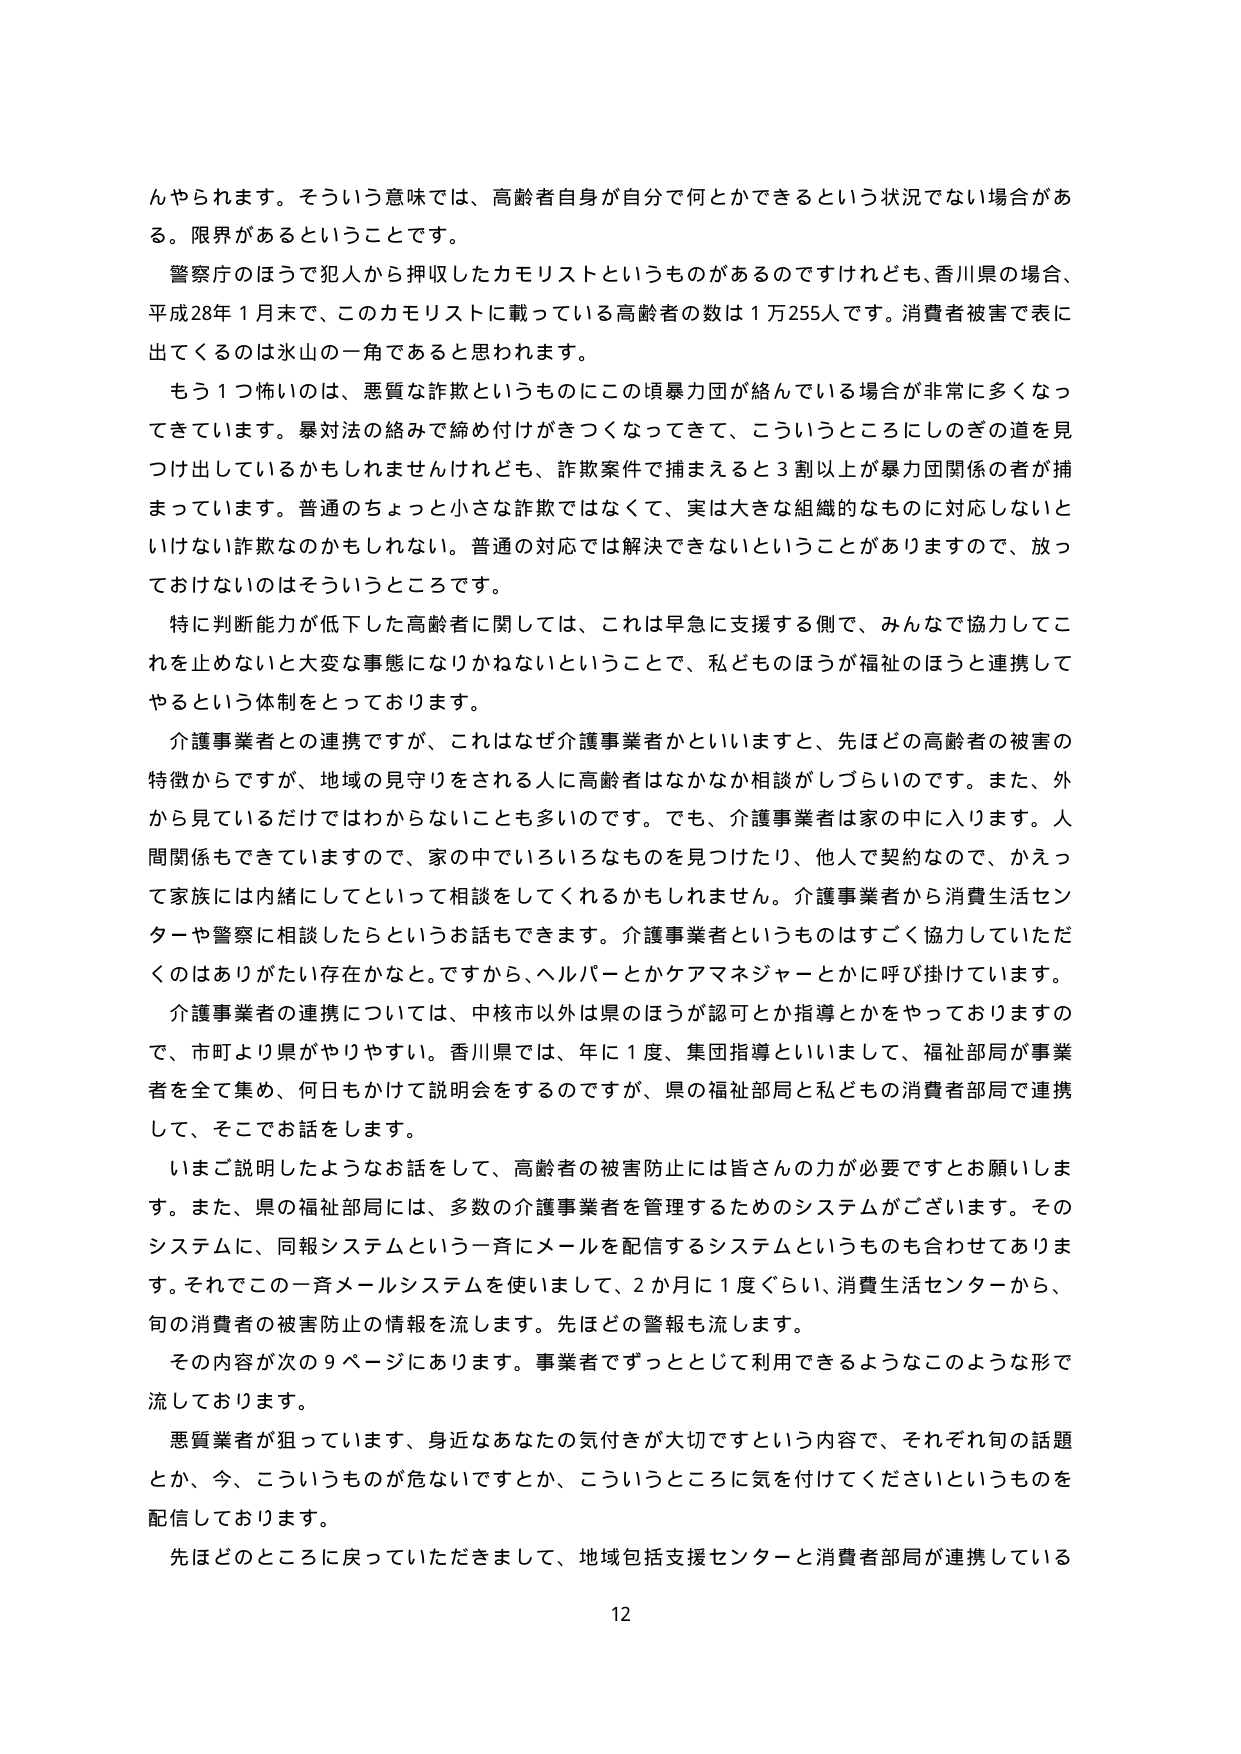
んやられます。そういう意味では、高齢者自身が自分で何とかできるという状況でない場合がある。限界があるということです。

警察庁のほうで犯人から押収したカモリストというものがあるのですけれども、香川県の場合、平成28年1月末で、このカモリストに載っている高齢者の数は1万255人です。消費者被害で表に出てくるのは氷山の一角であると思われます。

もう1つ怖いのは、悪質な詐欺というものにこの頃暴力団が絡んでいる場合が非常に多くなってきています。暴対法の絡みで締め付けがきつくなってきて、こういうところにしのぎの道を見つけ出しているかもしれませんがけれども、詐欺案件で捕まえると3割以上が暴力団関係の者が捕まっています。普通のちょっと小さな詐欺ではなくて、実は大きな組織的なものに対応しないといけない詐欺なのかもしれない。普通の対応では解決できないということがありますので、放っておけないのはそういうところです。

特に判断能力が低下した高齢者に関しては、これは早急に支援する側で、みんなで協力してこれを止めないと大変な事態になりかねないということで、私どものほうが福祉のほうと連携してやるという体制をとっております。

介護事業者との連携ですが、これはなぜ介護事業者かといいますと、先ほどの高齢者の被害の特徴からですが、地域の見守りをされる人に高齢者はなかなか相談がしづらいのです。また、外から見ているだけではわからないことも多いのです。でも、介護事業者は家の中に入ります。人間関係もできていますので、家の中でいろいろなものを見つけたり、他人で契約なので、かえって家族には内緒にしてといって相談をしてくれるかもしれません。介護事業者から消費生活センターや警察に相談したらというお話もできます。介護事業者というものはすごく協力していただくのはありがたい存在かなと。ですから、ヘルパーとかケアマネジャーとかに呼び掛けています。

介護事業者の連携については、中核市以外は県のほうが認可とか指導とかをやっておりますので、市町より県がやりやすい。香川県では、年に1度、集団指導といいまして、福祉部局が事業者を全て集め、何日もかけて説明会をするのですが、県の福祉部局と私どもの消費者部局で連携して、そこでお話をします。

いまご説明したようなお話しをして、高齢者の被害防止には皆さんの力が必要ですとお願いします。また、県の福祉部局には、多数の介護事業者を管理するためのシステムがございます。そのシステムに、同報システムという一斉にメールを配信するシステムというのも合わせてあります。それでこの一斉メールシステムを使いまして、2か月に1度ぐらい、消費生活センターから、旬の消費者の被害防止の情報を流します。先ほどの警報も流します。

その内容が次の9ページにあります。事業者ですっととして利用できるようなこのような形で流しております。

悪質業者が狙っています、身近なあなたの気付きが大切ですという内容で、それぞれ旬の話題とか、今、こういうものが危ないですかとか、こういうところに気を付けてくださいというものを配信しております。

先ほどのところに戻っていただきまして、地域包括支援センターと消費者部局が連携している

12